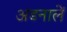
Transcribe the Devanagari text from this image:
अंडनालें